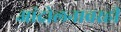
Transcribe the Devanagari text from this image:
आंदोलनावरही